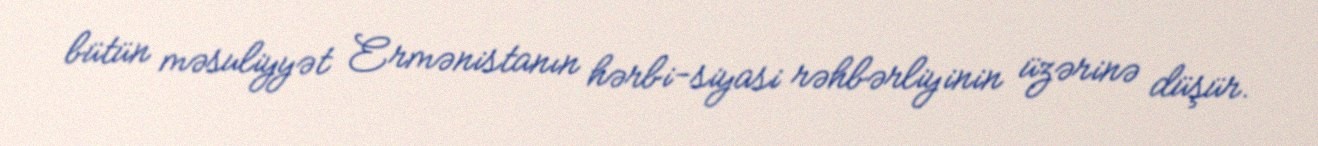
bütün məsuliyyət Ermənistanın hərbi-siyasi rəhbərliyinin üzərinə düşür.